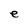
Character: e